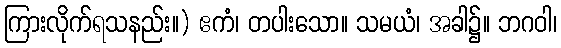
ကြားလိုက်ရသနည်း။) ဧကံ၊ တပါးသော။ သမယံ၊ အခါ၌။ ဘဂဝါ၊